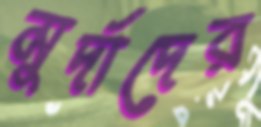
মুর্দাদের